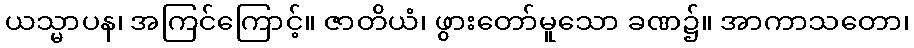
ယသ္မာပန၊ အကြင်ကြောင့်။ ဇာတိယံ၊ ဖွားတော်မူသော ခဏ၌။ အာကာသတော၊